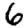
Digit: 6